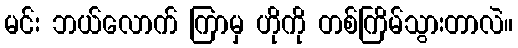
မင်း ဘယ်လောက် ကြာမှ ဟိုကို တစ်ကြိမ်သွားတာလဲ။